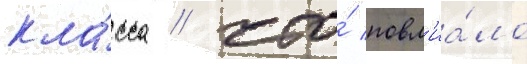
кла́сса / что́ повл'иа́ло